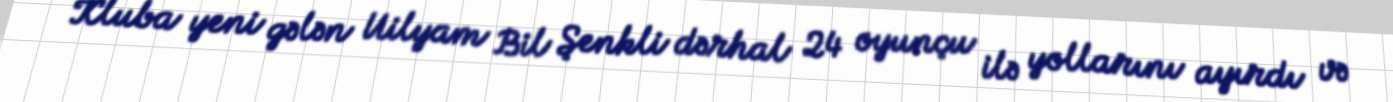
Kluba yeni gələn Uilyam Bil Şenkli dərhal 24 oyunçu ilə yollarını ayırdı və